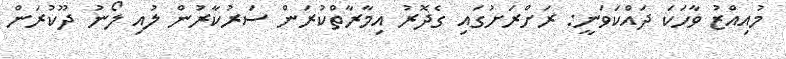
މުއިއްޒު ވާހަކަ ދައްކަވަނީ: ރަށްރަށުގައި ގެދޮރު އިމާރާތްކުރަން ސަރުކާރުން ލުއި ލޯނު ދޫކުރަން